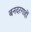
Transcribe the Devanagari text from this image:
बनदरगाहों